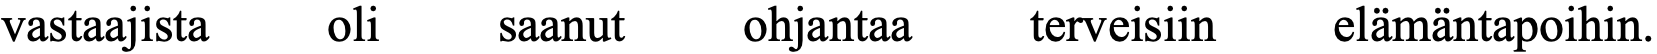
vastaajista oli saanut  ohjantaa  terveisiin elämäntapoihin.